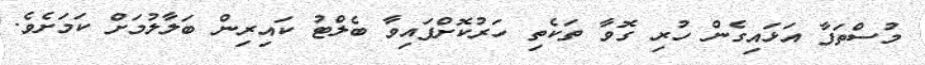
މުސްތަފާ އަޅައިގެން ހުރި ގޮވާ ތަކެތި ހަރުކޮށްފައިވާ ބެލްޓު ކައިރިން ބަލާލުމަށް ކަމަށެވެ.